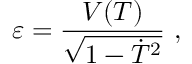
\varepsilon = { \frac { V ( T ) } { \sqrt { 1 - \dot { T } ^ { 2 } } } } \ ,